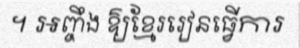
។ អញ្ចឹង ឱ្យខ្មែររៀនធ្វើការ